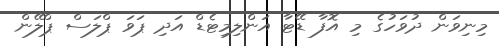
މިނިވަން ދުވަހުގެ މި އޮފާ ޑޭޓާ އަންލިމިޓެޑް އަދި ޕަވަ ޕްލަސް ޕްލޭން